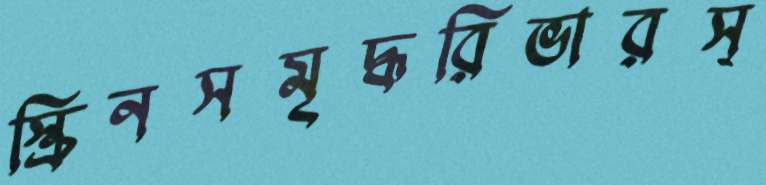
স্ক্রিনসমৃদ্ধরিভারস্